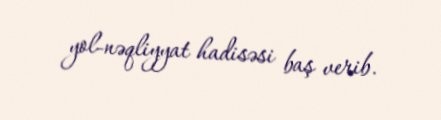
yol-nəqliyyat hadisəsi baş verib.